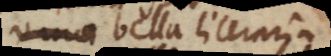
et bella literaria